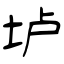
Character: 垆